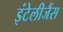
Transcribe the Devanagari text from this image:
इंटेलीजैंस